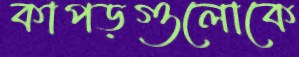
কাপড়গুলোকে